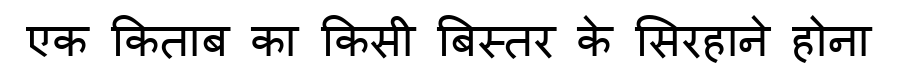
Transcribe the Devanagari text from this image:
एक किताब का किसी बिस्तर के सिरहाने होना